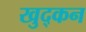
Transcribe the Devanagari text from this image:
खुद्कन